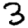
Digit: 3